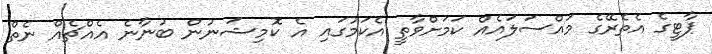
ޕާޓީގެ އެތެރޭގެ މައްސަލައެއް ކަމަށްވާތީ އެކަމުގައި އެ ކޮމިޝަނުން ބުނާނެ އެއްޗެއް ނެތް